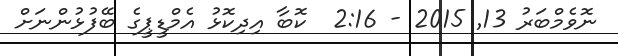
ނޮވެމްބަރު 13